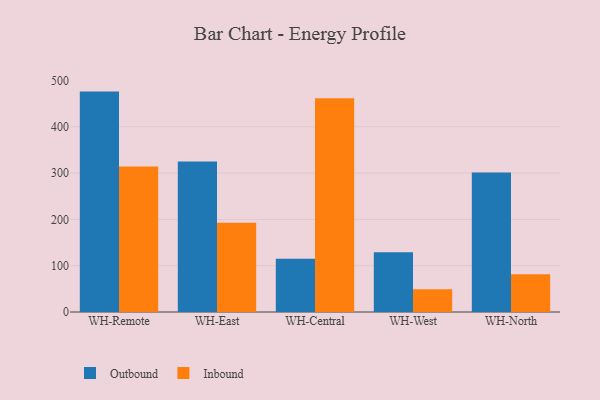
{"axis": {"x": "Warehouse", "y": "Market Share (%)"}, "legend": ["Inbound", "Outbound"], "data": [{"x": "WH-Remote", "y": 476.0, "type": "Outbound"}, {"x": "WH-Remote", "y": 314.0, "type": "Inbound"}, {"x": "WH-East", "y": 325.0, "type": "Outbound"}, {"x": "WH-East", "y": 192.6, "type": "Inbound"}, {"x": "WH-Central", "y": 115.2, "type": "Outbound"}, {"x": "WH-Central", "y": 461.7, "type": "Inbound"}, {"x": "WH-West", "y": 129.0, "type": "Outbound"}, {"x": "WH-West", "y": 49.3, "type": "Inbound"}, {"x": "WH-North", "y": 301.1, "type": "Outbound"}, {"x": "WH-North", "y": 81.3, "type": "Inbound"}]}